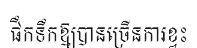
ផឹកទឹកឱ្យបានច្រើនការខ្វះ